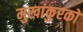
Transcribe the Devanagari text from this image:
मुखांकुरकों